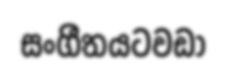
සංගීතයටවඩා